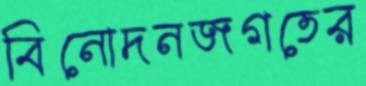
বিনোদনজগতের